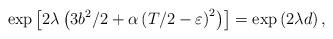
LaTeX: \begin{align*}\exp \left[ 2\lambda \left( 3b^{2}/2+\alpha \left( T/2-\varepsilon \right)^{2}\right) \right] =\exp \left( 2\lambda d\right) , \end{align*}